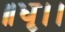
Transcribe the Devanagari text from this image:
॥धृ।।